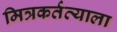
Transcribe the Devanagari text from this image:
मित्रकर्तव्याला